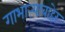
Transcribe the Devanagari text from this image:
गाभाऱ्याबाहेर